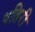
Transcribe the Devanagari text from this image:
पतिरी